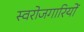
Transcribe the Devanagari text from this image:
स्वरोजगारियों